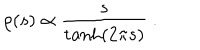
\rho ( s ) \propto \frac { s } { \tanh ( 2 \pi s ) } ~ .